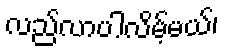
လည်လာပါလိမ့်မယ်၊